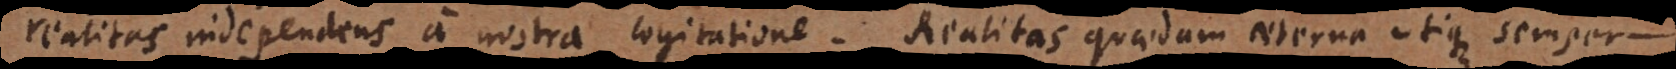
realitas independens a nostra cogitatione. Realitas quaedam aeterna utique semper